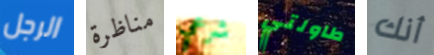
الرجل مناظرة شرعي طاولتي أنك